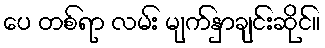
ပေ တစ်ရာ လမ်း မျက်နှာချင်းဆိုင်။